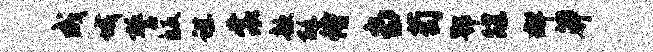
成城誓皈谌裳歆酥侍当萄鄂蹀群莽